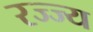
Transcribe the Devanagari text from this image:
रज्ज्य